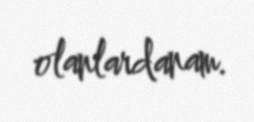
olanlardanam.